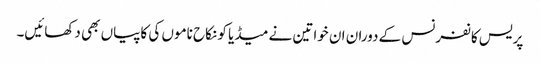
پریس کانفرنس کے دوران ان خواتین نے میڈیا کو نکاح ناموں کی کاپیاں بھی دکھائیں۔